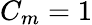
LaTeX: C_{m}=1